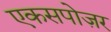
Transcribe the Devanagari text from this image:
एकसपोज़र